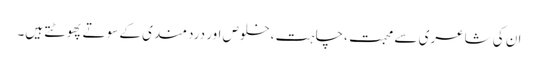
ان کی شاعری سے محبت ،چاہت ،خلوص اور دردمندی کے سوتے پھوٹتے ہیں۔